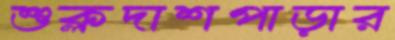
শুক্লদাশপাড়ার